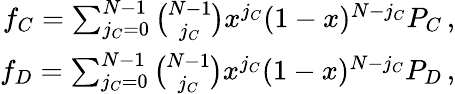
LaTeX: \begin{array}{r}{f_{C}=\sum_{j_{C}=0}^{N-1}\binom{N-1}{j_{C}}x^{j_{C}}(1-x)^{N-j_{C}}P_{C}\, ,}\\ {f_{D}=\sum_{j_{C}=0}^{N-1}\binom{N-1}{j_{C}}x^{j_{C}}(1-x)^{N-j_{C}}P_{D}\, ,}\end{array}